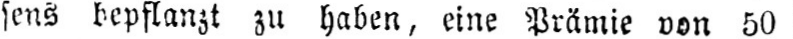
sens bepflanzt zu haben, eine Prämie von 50